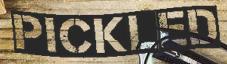
PICKLED